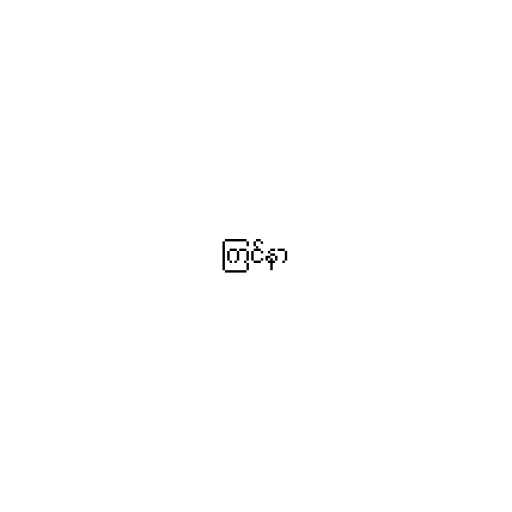
ကြင်နာ